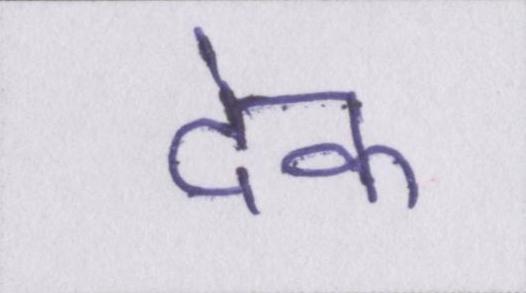
देक